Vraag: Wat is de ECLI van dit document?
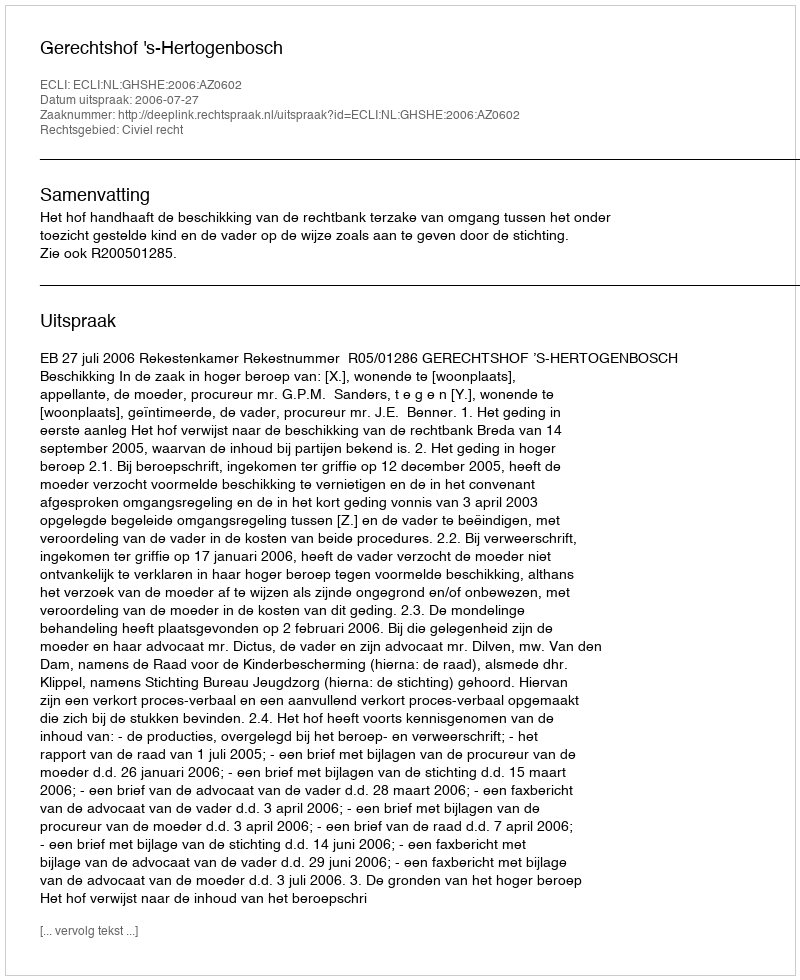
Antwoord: ECLI:NL:GHSHE:2006:AZ0602